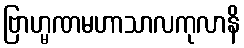
ဗြာဟ္မဏမဟာသာလကုလာနိ